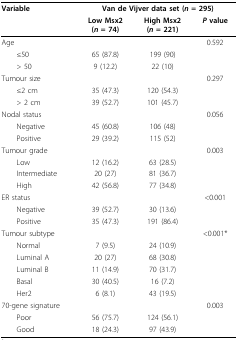
<table><thead><tr><td><b>Variable</b></td><td colspan="3"><b>Van de Vijver data set (<i>n </i>= 295)</b></td></tr><tr><td></td><td><b>Low Msx2(<i>n </i>= 74)</b></td><td><b>High Msx2(<i>n </i>= 221)</b></td><td><b><i>P </i>value</b></td></tr></thead><tbody><tr><td>Age</td><td></td><td></td><td>0.592</td></tr><tr><td> ≤50</td><td>65 (87.8)</td><td>199 (90)</td><td></td></tr><tr><td> &gt; 50</td><td>9 (12.2)</td><td>22 (10)</td><td></td></tr><tr><td>Tumour size</td><td></td><td></td><td>0.297</td></tr><tr><td> ≤2 cm</td><td>35 (47.3)</td><td>120 (54.3)</td><td></td></tr><tr><td> &gt; 2 cm</td><td>39 (52.7)</td><td>101 (45.7)</td><td></td></tr><tr><td>Nodal status</td><td></td><td></td><td>0.056</td></tr><tr><td> Negative</td><td>45 (60.8)</td><td>106 (48)</td><td></td></tr><tr><td> Positive</td><td>29 (39.2)</td><td>115 (52)</td><td></td></tr><tr><td>Tumour grade</td><td></td><td></td><td>0.003</td></tr><tr><td> Low</td><td>12 (16.2)</td><td>63 (28.5)</td><td></td></tr><tr><td> Intermediate</td><td>20 (27)</td><td>81 (36.7)</td><td></td></tr><tr><td> High</td><td>42 (56.8)</td><td>77 (34.8)</td><td></td></tr><tr><td>ER status</td><td></td><td></td><td>&lt;0.001</td></tr><tr><td> Negative</td><td>39 (52.7)</td><td>30 (13.6)</td><td></td></tr><tr><td> Positive</td><td>35 (47.3)</td><td>191 (86.4)</td><td></td></tr><tr><td>Tumour subtype</td><td></td><td></td><td>&lt;0.001*</td></tr><tr><td> Normal</td><td>7 (9.5)</td><td>24 (10.9)</td><td></td></tr><tr><td> Luminal A</td><td>20 (27)</td><td>68 (30.8)</td><td></td></tr><tr><td> Luminal B</td><td>11 (14.9)</td><td>70 (31.7)</td><td></td></tr><tr><td> Basal</td><td>30 (40.5)</td><td>16 (7.2)</td><td></td></tr><tr><td> Her2</td><td>6 (8.1)</td><td>43 (19.5)</td><td></td></tr><tr><td>70-gene signature</td><td></td><td></td><td>0.003</td></tr><tr><td> Poor</td><td>56 (75.7)</td><td>124 (56.1)</td><td></td></tr><tr><td> Good</td><td>18 (24.3)</td><td>97 (43.9)</td><td></td></tr></tbody></table>